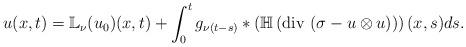
LaTeX: \begin{align*}\begin{gathered}u(x,t) = \mathbb{L}_\nu (u_0) (x, t) + \int_0 ^t g_{\nu(t-s)} * \left ( \mathbb{H} \left ( \mathrm{div} \,\, (\sigma - u \otimes u) \right ) \right ) (x,s) ds .\end{gathered} \end{align*}